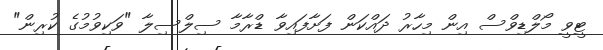
ޓީވީ މޯލްޑިވްސް އިން މިހާރު ދައްކަން ފަށާފައިވާ ޑްރާމާ ސިލްސިލާ "ވަކިވުމުގެ ކުރިން"